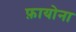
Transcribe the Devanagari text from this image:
फ़ायोना